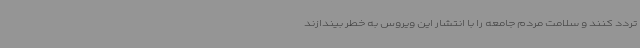
تردد کنند و سلامت مردم جامعه را با انتشار این ویروس به خطر بیندازند